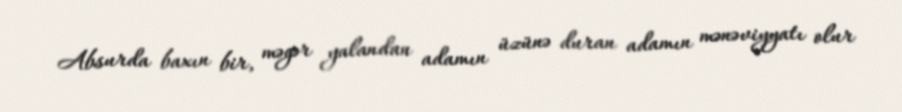
Absurda baxın bir, məgər yalandan adamın üzünə duran adamın mənəviyyatı olur